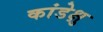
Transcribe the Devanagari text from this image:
कांडेक्षु